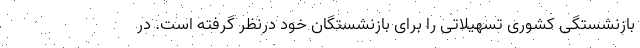
بازنشستگی کشوری تسهیلاتی را برای بازنشستگان خود درنظر گرفته است. در